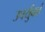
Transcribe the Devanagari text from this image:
उपर्युक्तं